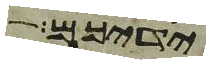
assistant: ידיכם